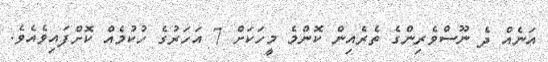
އަނެއް ދެ ނޫސްވެރިންގެ ތެރެއިން ކޮންމެ މީހަކަށް 7 އަހަރުގެ ހުކުމެއް ކޮށްފައިވެއެވެ.